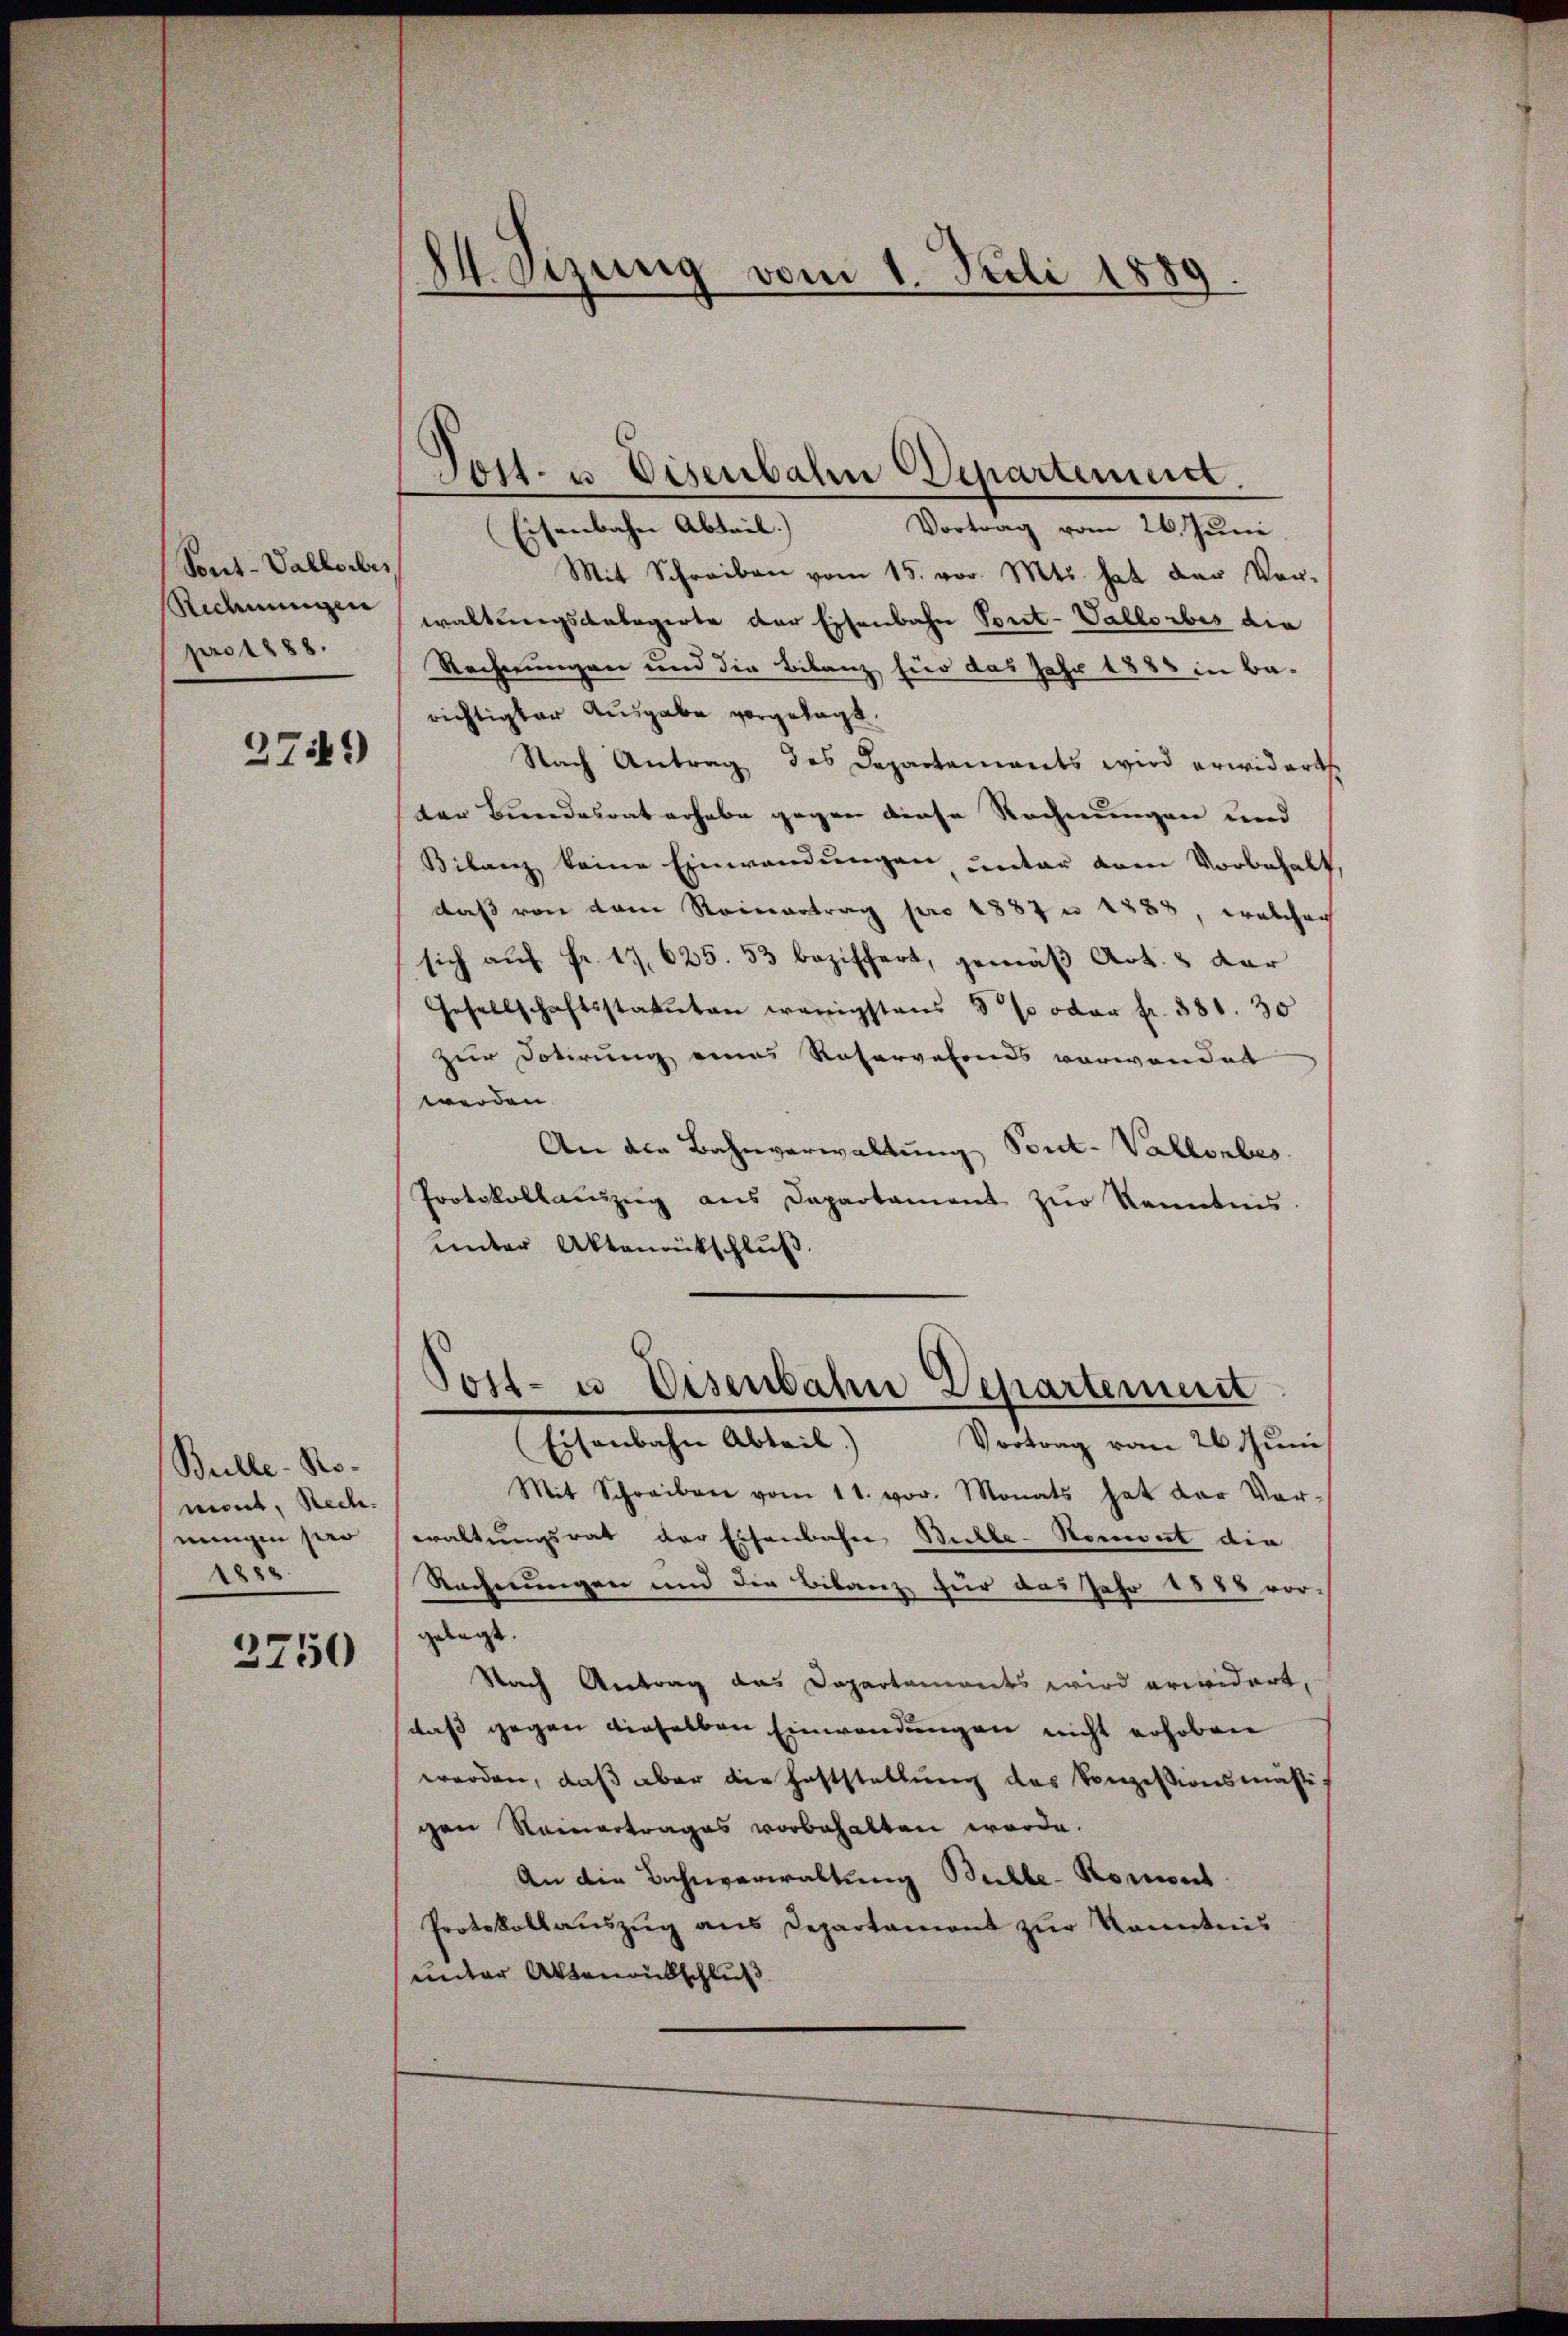
Sonit-Vallorbes,
Ridmungen
pro 1888.

279)

Bulle - Ro-
mont, Rech
ningen pro
1858.

3750

84. Sizung vom 1. Juli 1889.

Tost- u. Eisenbahn Departement.
Eisenbahn Abteil)
Vortrag vom 26. Juni

Mit Schreiben vom 15. vor. Mts. hat der Ver-
waltungsbelegerte der Eisenbahn Pont-Vallorbes die
Rechnungen und die Bilanz für das Jahr 1883 in Berichtigter Ausgabe vorgelegt.
Nach Antrag des Departaments wird erwidert
ter Bundesrat erhabe gegen diese Rechnungen und
Bilanz keine Einwendungen, unter vom Vorbehalt,
daß von dem Reinertrag pro 1887 u 1838, welcher
sich aŭf fr. 17. 625. 53 beziffert, gemäβ Art. 2 dar
Gesellschaftsstatuten wenigstens 3 % oder fr. 381. 30
zur Dotirung eines Reservefonds verwendet
werden.
An der Bahnverwaltung Pont-Vallenbes
Protokollauszug aus Departament zŭr Rendnis.
unter Aktenrückschluß.
Post- u. Eisenbahn Departement
Eisenbahn Abteil) Vortrag vom 26 Jŭni
Mit Schreiben vom 11. vor. Monats hat der Vor-
waltungsrat der Eisenbahne Bühle-Komit die
Rechnungen und die Bilanz für das Jahr 1888 vorgelegt.
Stach Antrag das Departaments wird erwidert,
daß gegen dieselben Einwendungen nicht erhoben
werden, daß aber die Haftstellung des Konzessionsmassi-
gen Rainertrages vorbehalten werde.
An die Bahnverwaltung Bulle-Komont
Protokollaŭszŭg ans Departamens zŭr Kenntnis
unter Aktenantschluß